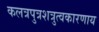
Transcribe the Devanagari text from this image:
कलत्रपुत्रशत्रुत्वकारणाय